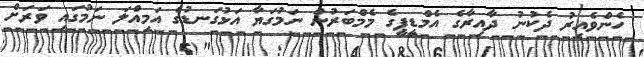
ހެންވެއިރު ދެކުނު ދާއިރާގެ އެމްޑީޕީގެ މެމްބަރުން ނަމުގަޔާ އަޅުގަނޑުގެ އަމިއްލަ ނަމުގައި ވަރަށް